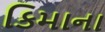
કિમાના